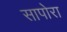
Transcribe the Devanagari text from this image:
सापोरा